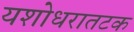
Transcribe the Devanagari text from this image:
यशोधरातटक